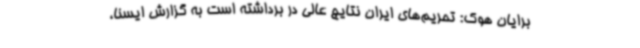
برایان هوک: تحریم‌های ایران نتایج عالی در برداشته است به گزارش ایسنا،